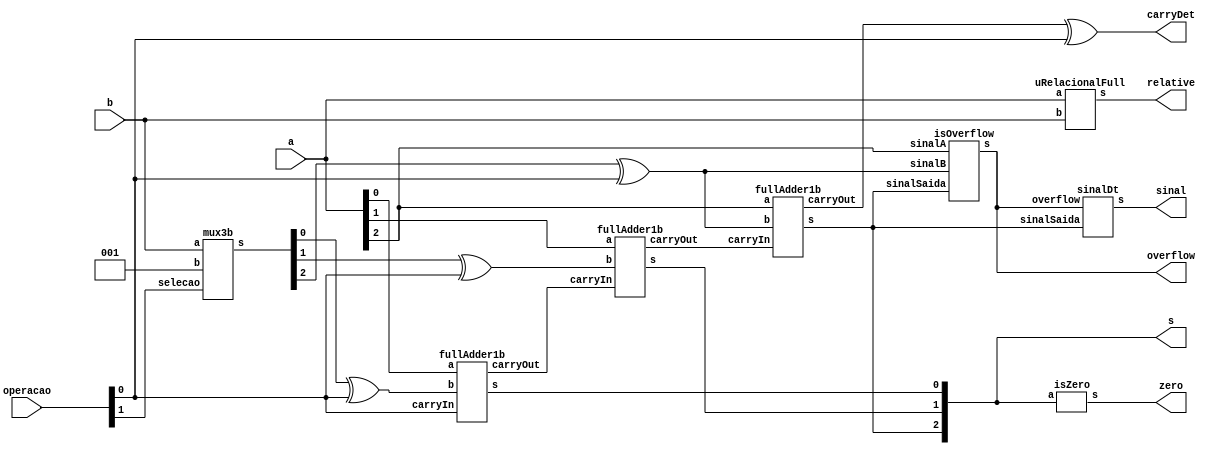
// -------------------------
// Exemplo0035  Soma/Sub ou incremento/decremento selecionavel, c/ flag de Zero, Overflow, sinal e comparaces relacionais
// Nome: Willian Antonio dos Santos
// -------------------------
// -------------------------
// Alu com Somador e Subtrator ou incremento/decremento selecionavel. ( Flags: zero, sinal, overflow, comparacao )
// se operacao = 00 - Soma de a e b
//             = 01 - Subtracao de a e b
//             = 10 - Incrementa a e ignora b
//             = 11 - decrementa a e ignora b
// -------------------------
module Alu3b (output [2:0] s, output carryDet, output zero, output overflow, output sinal, output [2:0] relative,
              input [2:0] a, input [2:0] b, input [1:0] operacao);

       wire carryOut1, carryOut2, carryOut3;
       wire [2:0] s1;
       wire [2:0] s2;
       reg [2:0] unidade = 1;
       
       mux3b Mx31(s1, b, unidade, operacao[1]);
       xor X1(s2[0],s1[0],operacao[0]);
       xor X2(s2[1],s1[1],operacao[0]);
       xor X3(s2[2],s1[2],operacao[0]);

       fullAdder1b FA1(s[0],carryOut1,a[0],s2[0],operacao[0]);
       fullAdder1b FA2(s[1],carryOut2,a[1],s2[1],carryOut1);
       fullAdder1b FA3(s[2],carryOut3,a[2],s2[2],carryOut2);

       isOverflow iO1(overflow, a[2], s2[2], s[2]);

       xor X6(carryDet,carryOut3, operacao[0]);

       sinalDt SD1(sinal, overflow, s[2]);

       isZero Z1(zero, s);

       uRelacionalFull URF1(relative, a, b);
endmodule
// -------------------------
// Verifica overflow a partir do sinal dos valores A e B e do resultado da soma deles.
// -------------------------
module isOverflow(output s, input sinalA, input sinalB, input sinalSaida);
       wire s1, s2;
       xnor XN1(s1, sinalB, sinalA);
       xor X4(s2, sinalSaida, sinalA);
       and A1(s, s2, s1);
endmodule
// -------------------------
// Retorna o sinal que a soma deve ter a partir do sinal da saida e do overflow.
// -------------------------
module sinalDt(output s, input overflow, input sinalSaida);
       xor X5(s, sinalSaida, overflow);
endmodule
// -------------------------
// Retorna 3 bits indicando com 1 se (a < b), (a == b) e (a > b). a e b com 3 bit ( Ultimo  o sinal ).
// -------------------------
module uRelacionalFull(output [2:0] s, input [2:0] a, input [2:0] b);
       wire [2:0] s1;
       wire s2, s3, s4, s5, s6, ns4, s7, s8, diff;
       uRelacional2b UR21(s1, a[1:0], b[1:0]);
       xor X6(s2, s1[0], a[2]);
       xor X7(s3, s1[2], a[2]);
       xnor XN2(s4, a[2], b[2]);
       and A2(s[1], s1[1], s4);
       not N1(diff, s[1]);
       and A3(s5, s2, s4, diff);
       and A4(s6, s3, s4, diff);
       not N2(ns4, s4);
       and A5(s7, ns4, a[2]);
       and A6(s8, ns4, b[2]);
       or O1(s[0], s5, s7);
       or O2(s[2], s6, s8);
endmodule
// -------------------------
// Retorna 3 bits indicando com 1 se (a < b), (a == b) e (a > b). a e b com 2 bit.
// -------------------------
module uRelacional2b(output [2:0] s, input [1:0] a, input [1:0] b);
       wire [2:0] s1;
       wire [2:0] s2;
       wire s3, s4;
       uRelacional1b UR11(s1, a[0], b[0]);
       uRelacional1b UR12(s2, a[1], b[1]);
       and A7(s[1], s1[1], s2[1]);
       and A8(s3, s2[1], s1[2]);
       and A9(s4, s2[1], s1[0]);
       or O3(s[2], s3, s2[2]);
       or O4(s[0], s4, s2[0]);
endmodule
// -------------------------
// Retorna 3 bits indicando com 1 se (a < b), (a == b) e (a > b). a e b com 1 bit.
// -------------------------
module uRelacional1b(output [2:0] s, input a, input b);
       wire an, bn;
       xnor XN3(s[1], a, b);
       not N3(an, a);
       not N4(bn, b);
       and A10(s[0], an, b);
       and A11(s[2], bn, a);
endmodule
// -------------------------
// full adder 1 bit
// -------------------------
module fullAdder1b (output s, output carryOut, input a, input b, input carryIn);
       wire s1, s2, s3, s4;
       xor X8(s1, a, b);
       xor X9(s, s1, carryIn);
       and A12(s2, a, b);
       and A13(s3, a, carryIn);
       and A14(s4, carryIn, b);
       or O5(carryOut, s2, s3, s4);
endmodule
// -------------------------
// verifica se a entrada esta em zero, 3 bits
// -------------------------
module isZero(output s, input [2:0] a);
       nor NO1(s, a[0], a[1], a[2]);
endmodule
// -------------------------
// Mux para selecionar entre 2 entradas de 3 bits
// -------------------------
module mux3b (output [2:0] s, input [2:0] a, input [2:0] b, input selecao);
       mux Mx1 (s[0],b[0],a[0],selecao);
       mux Mx2 (s[1],b[1],a[1],selecao);
       mux Mx3 (s[2],b[2],a[2],selecao);
endmodule // mux3b
// -------------------------
// Mux para selecionar entre duas saidas
// -------------------------
module mux (output s, input a, input b, input selecao);
       wire selecao2,s7,s8;
       not N5 ( selecao2, selecao);
       and A15 ( s7, a, selecao);
       and A16 ( s8, b, selecao2);
       or O6 ( s, s7, s8);
endmodule // mux
// Testes
module test_Alu3b;
       // ------------------------- definir dados
       wire carryOUT, overFlow, zeroFlag, sinal;
       reg [1:0] selecao;
       reg [2:0] x;
       reg [2:0] y;
       wire [2:0] somaSub;
       wire [2:0] comp;
       Alu3b AL31(somaSub, carryOUT, zeroFlag, overFlow, sinal, comp, x, y, selecao);
       // ------------------------- parte principal
       initial begin
               $display("Exemplo0035 - Willian Antonio dos Santos - 462020");
               $display("Test ALU's Soma/Sub ou inc/dec - flag zero, overflow, sinal, relacoes.");
               $display("Carry nao tem valor na representacao.");
               $display("\nSe operacao for igual a 00 ou 01 entao e' realizado soma ou subtracao;\nse 10 ou 11, entao incremento ou decremento respectivamente.\n");
               x = 0; y = 0; selecao = 1;
               $display("Valor1 | Op | Valor2 | Resultado | Carry | Sinal | Zero | overflow | <  ==  > ");
               $monitor("  %3b  | %2b |   %3b  |   = %3b   |    %b  |   %b   |   %b  |  %b       | %b  %b  %b", x, selecao, y, somaSub, carryOUT, sinal, zeroFlag, overFlow, comp[0],comp[1],comp[2]);
               repeat (7) begin
                      #1 y = y + 1;
               end
               #1 $display("-----------------------------------------------------------------------------");
               repeat (7) begin
                      #1 x = x + 1;y = y + 1;
                      repeat (7) begin
                             #1 y = y + 1;
                      end
                      #1 $display("-----------------------------------------------------------------------------");
               end
       end
endmodule